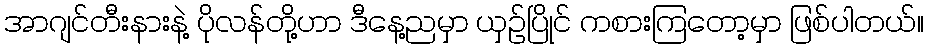
အာဂျင်တီးနားနဲ့ ပိုလန်တို့ဟာ ဒီနေ့ညမှာ ယှဉ်ပြိုင် ကစားကြတော့မှာ ဖြစ်ပါတယ်။